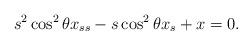
LaTeX: \begin{align*}s^2 \cos^2 \theta x_{ss}-s \cos^2 \theta x_s +x=0.\end{align*}